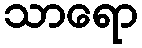
သာရော